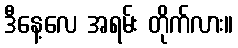
ဒီနေ့လေ အရမ်း တိုက်လား။